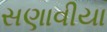
સણાવીયા